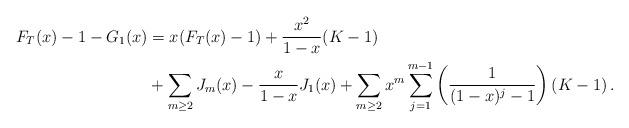
LaTeX: \begin{align*}F_T(x)-1-G_1(x)&=x(F_T(x)-1)+\frac{x^2}{1-x}(K-1)\\&+\sum_{m\geq2}J_m(x) -\frac{x}{1-x}J_1(x)+\sum_{m\geq2}x^m\sum_{j=1}^{m-1}\left(\frac{1}{(1-x)^j-1}\right)(K-1)\,.\end{align*}